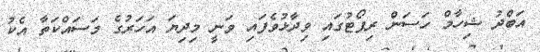
އަބްދު ޝިހާމް ހަސަން ރިޕޯޓުގައި ވިދާޅުވެފައި ވަނީ މިދިޔަ އަހަރުގެ މަސައްކަތާ އެކު